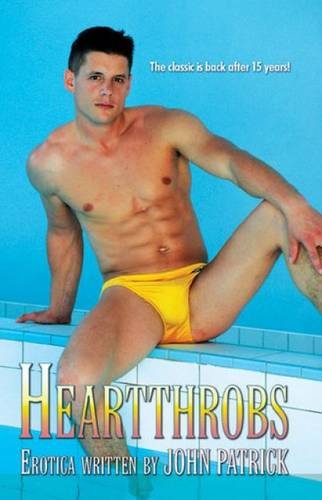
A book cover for Heartthrobs; John Patrick; Romance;